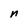
Character: n